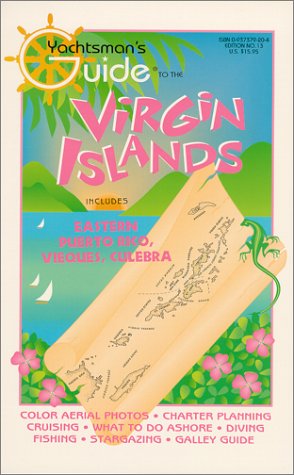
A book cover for Yachtsman's Guide to the Virgin Islands, No 13, 1997; Travel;